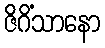
ဇိဂိံသာနော